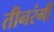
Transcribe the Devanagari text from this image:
तीनरंगी